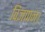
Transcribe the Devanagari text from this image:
विज्ञापन।